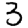
Digit: 3